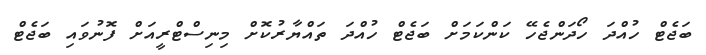
ބަޖެޓް ހުއްދަ ހޯދަންޖެހޭ ކަންކަމަށް ބަޖެޓް ހުއްދަ ތައްޔާރުކޮށް މިނިސްޓްރީއަށް ފޮނުވައި ބަޖެޓް